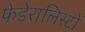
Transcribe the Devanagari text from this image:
फेडेरालिस्टों